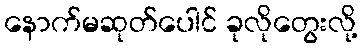
နောက်မဆုတ်ပေါင် ခုလိုတွေးလို့